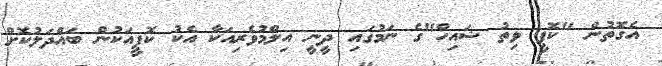
އެގޮތުން "ކޮފީ ވިތު ޝައިހް"ގެ ނަމުގައި ދީނީ އިލްމުވެރިއަކާ އެކު ކޮފީއަކުން ބައްދަލުކޮށް